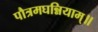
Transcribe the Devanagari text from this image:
पौत्रमघन्नियाम्॥